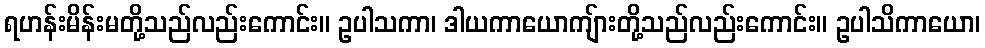
ရဟန်းမိန်းမတို့သည်လည်းကောင်း။ ဥပါသကာ၊ ဒါယကာယောကျ်ားတို့သည်လည်းကောင်း။ ဥပါသိကာယော၊